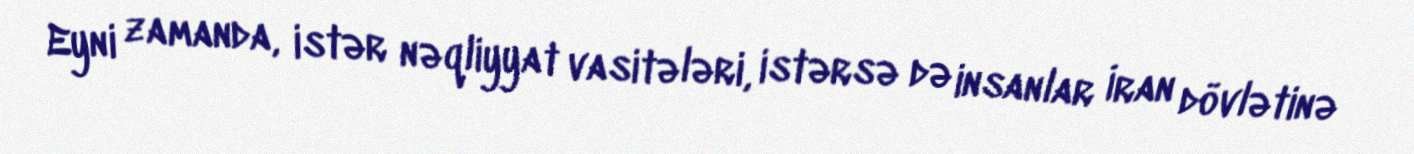
Eyni zamanda, istər nəqliyyat vasitələri, istərsə də insanlar İran dövlətinə